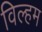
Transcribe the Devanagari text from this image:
विल्हम